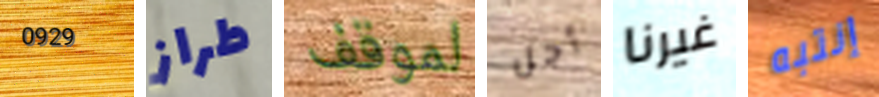
0929 طراز لموقف أجل غيرنا إنتبه